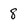
Character: 8